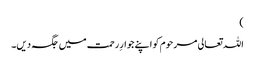
)
اللہ تعالی مرحوم کو اپنے جوارِ رحمت میں جگہ دیں۔